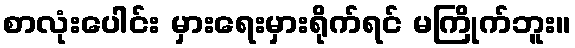
စာလုံးပေါင်း မှားရေးမှားရိုက်ရင် မကြိုက်ဘူး။